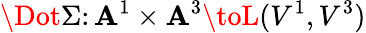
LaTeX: \Dot{\Sigma}\colon\mathbf{A}^{1}\times\mathbf{A}^{3}\toL(V^{1},V^{3})